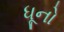
ધૂનો